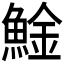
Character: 𩸱